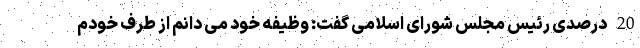
20 درصدی رئیس مجلس شورای اسلامی گفت: وظیفه خود می دانم از طرف خودم